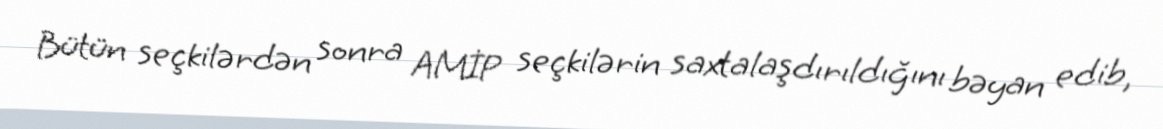
Bütün seçkilərdən sonra AMİP seçkilərin saxtalaşdırıldığını bəyan edib,